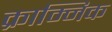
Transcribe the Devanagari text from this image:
क्राम्निक